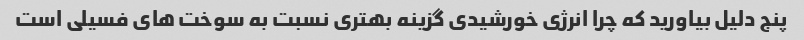
پنج دلیل بیاورید که چرا انرژی خورشیدی گزینه بهتری نسبت به سوخت های فسیلی است